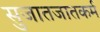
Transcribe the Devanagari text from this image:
सुजातजातकर्म